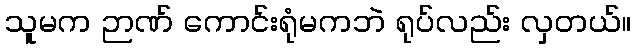
သူမက ဉာဏ် ကောင်းရုံမကဘဲ ရုပ်လည်း လှတယ်။